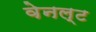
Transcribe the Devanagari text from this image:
वेनल्ट